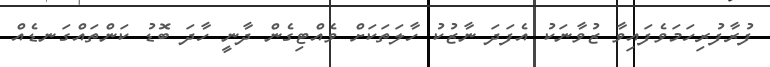
ފުރާފުރިހަމަވެފައިވާ ޒުވާނަކު އެފަދަ ނާޒުކު ހާލަތަކަށް ވެއްޓިގެން ދާނީ ހާދަ ބޮޑު ކަންތައްގަނޑެއް